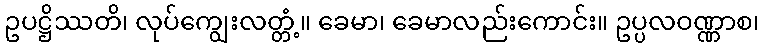
ဥပဋ္ဌိဿတိ၊ လုပ်ကျွေးလတ္တံ့။ ခေမာ၊ ခေမာလည်းကောင်း။ ဥပ္ပလဝဏ္ဏာစ၊